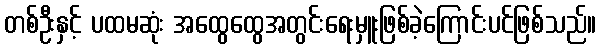
တစ်ဦးနှင့် ပထမဆုံး အထွေထွေအတွင်းရေးမှူးဖြစ်ခဲ့ကြောင်းပင်ဖြစ်သည်။